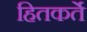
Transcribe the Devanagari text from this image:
हितकर्ते